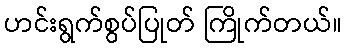
ဟင်းရွက်စွပ်ပြုတ် ကြိုက်တယ်။